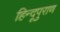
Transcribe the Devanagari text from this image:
हिन्दूपुराण